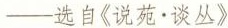
—选自《说苑·谈丛》